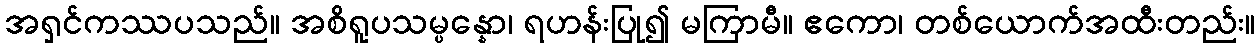
အရှင်ကဿပသည်။ အစိရူပသမ္ပန္နော၊ ရဟန်းပြု၍ မကြာမီ။ ဧကော၊ တစ်ယောက်အထီးတည်း။